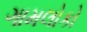
ગામલોકો